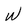
Character: w